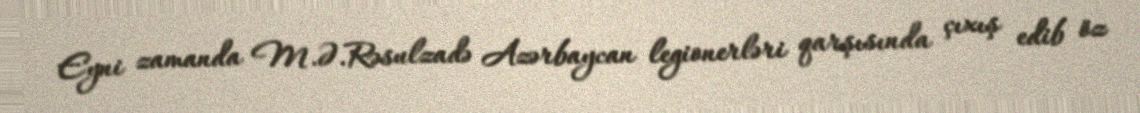
Eyni zamanda M.Ə.Rəsulzadə Azərbaycan legionerləri qarşısında çıxış edib öz